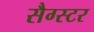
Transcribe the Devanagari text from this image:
सैग्स्टर